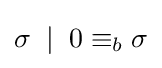
\sigma \;\mid \;0\equiv _{b}\sigma